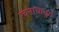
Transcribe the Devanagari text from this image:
रचनाचातुर्य